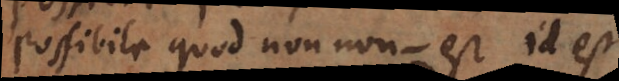
Possibile quod non non‐est, id e